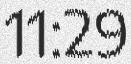
11:29